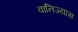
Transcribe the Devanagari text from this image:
वानिज्यास